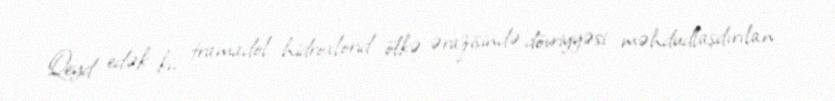
Qeyd edək ki, tramadol hidroxlorid ölkə ərazisində dövriyyəsi məhdudlaşdırılan